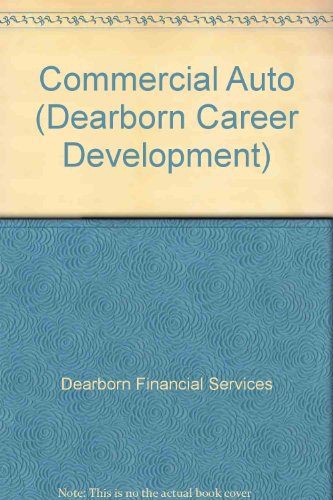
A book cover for Commercial Auto (Dearborn Career Development); Dearborn Financial Services; Engineering & Transportation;